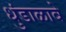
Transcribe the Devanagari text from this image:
धुंडाळावे